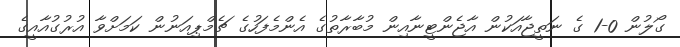
ގޯލުން 0-1 ގެ ނަތީޖާއަކުން އާޖެންޓީނާއިން މުބާރާތުގެ އެންމެފަހުގެ ޗެމްޕިއަނުން ކަމަށްވާ އުރުގުއާއީގެ